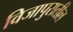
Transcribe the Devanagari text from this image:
विजापुरातील